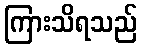
ကြားသိရသည်